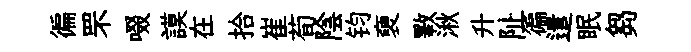
徧罘啜謨在拾崔荀陰钧褏斁湫升阯徧遣眠芻